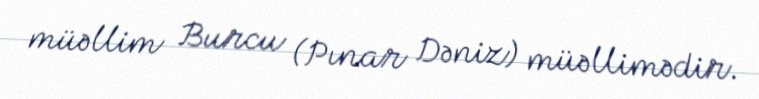
müəllim Burcu (Pınar Dəniz) müəllimədir.